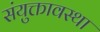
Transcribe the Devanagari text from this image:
संयुक्तावस्था